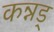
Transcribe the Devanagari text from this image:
कन्नड्